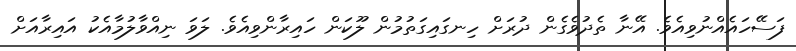
ފަސޭހައެއްނުވިއެވެ. އޭނާ ތެދުވެގެން ދުރަށް ހިނގައިގަތުމުން ލޫކަން ހައިރާންވިއެވެ. ލަވަ ނިއްވާލުމާއެކު އައިރާއަށް